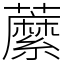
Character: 䕷